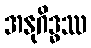
အနုဂိဒ္ဓဿ